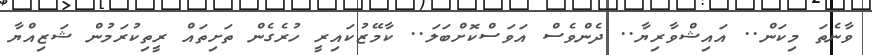
ވާނެތަ މިކަން.. އައިޝްވާރިޔާ.. ދެންވެސް އަވަސްކޮށްބަލަ.. ކާމޭޒުކައިރީ ހުރެގެން ތަށިތައް ރީތިކުރަމުން ޝަޒިއްޔާ